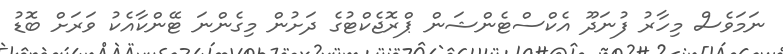
ނަމަވެސް މިހާރު ފުނަދޫ އެކްސްޓެންޝަން ޕްރޮޖެކްޓުގެ ދަށުން މިގެންނަ ޓޭންކާއެކު ވަރަށް ބޮޑު